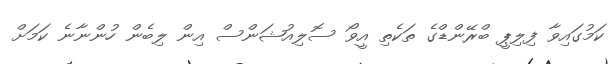
ކަމުގައިވާ ފިލިޕީ ބްރޭންޑްގެ ތަކެތި އީވޯ ސޮލިއުޝަންސް އިން ލިބެން ހުންނާނެ ކަމަށް